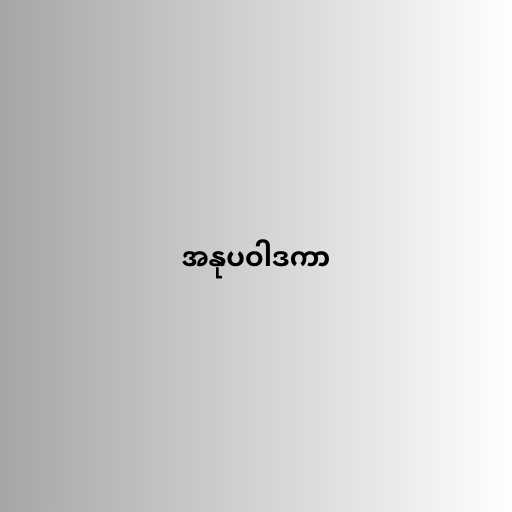
အနုပဝါဒကာ